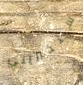
ستخبريني